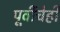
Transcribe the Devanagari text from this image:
पूर्वीचेही